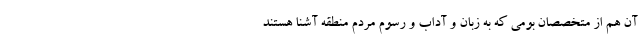
آن هم از متخصصان بومی که به زبان و آداب و رسوم مردم منطقه آشنا هستند